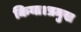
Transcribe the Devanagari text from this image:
किया।प्रमुख